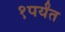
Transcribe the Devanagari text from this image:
१पर्यंत